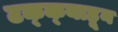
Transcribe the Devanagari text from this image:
टक्‍क्‍याहून